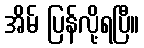
အိမ် ပြန်လို့ရပြီ။